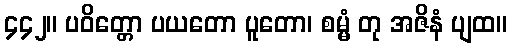
၄၄၂။ ပဝိတ္တော ပယတော ပူတော၊ စမ္မံ တု အဇိနံ ပျထ။